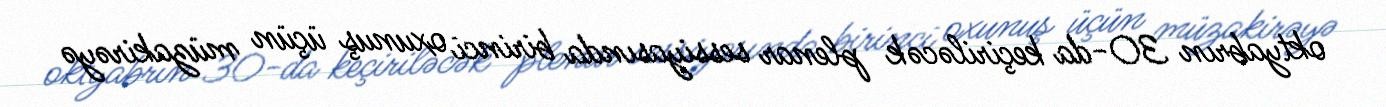
oktyabrın 30-da keçiriləcək plenar sessiyasında birinci oxunuş üçün müzakirəyə